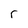
Character: r